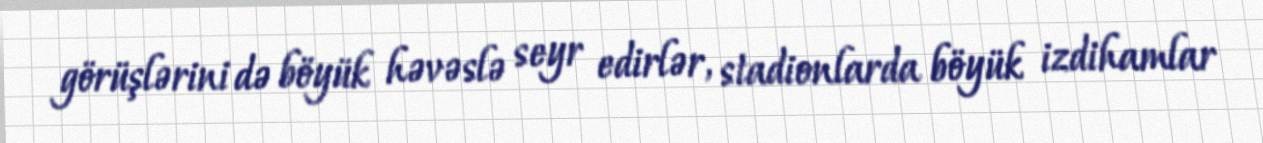
görüşlərini də böyük həvəslə seyr edirlər, stadionlarda böyük izdihamlar